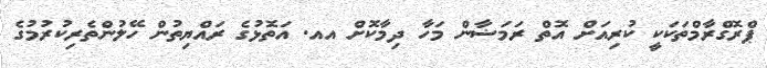
ޕްރޮގްރާމްތަކަކީ ކުރިއަށް އޮތް ރަމަޟާން މަހާ ދިމާކޮށް އއ. އަތޮޅުގެ ރައްޔިތުން ހޭލުންތެރިކުރުމުގެ